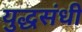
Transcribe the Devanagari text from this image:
युद्धसंधी